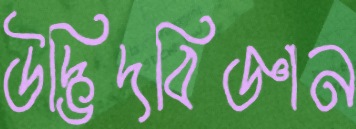
উদ্ভিদবিজ্ঞান